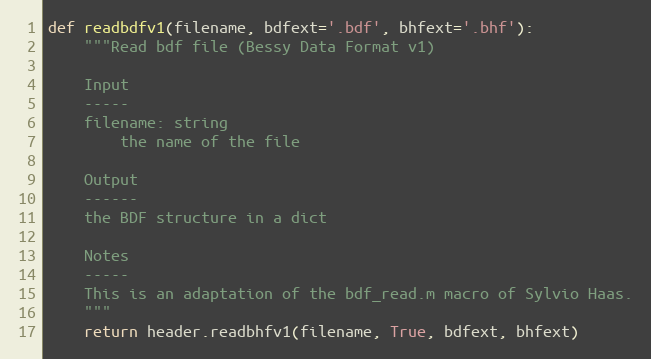
Language: Python
def readbdfv1(filename, bdfext='.bdf', bhfext='.bhf'):
    """Read bdf file (Bessy Data Format v1)

    Input
    -----
    filename: string
        the name of the file

    Output
    ------
    the BDF structure in a dict

    Notes
    -----
    This is an adaptation of the bdf_read.m macro of Sylvio Haas.
    """
    return header.readbhfv1(filename, True, bdfext, bhfext)